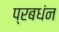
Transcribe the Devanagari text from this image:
प्रबधंन